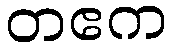
တဧက